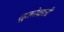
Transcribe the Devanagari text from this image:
सूजनेवाली